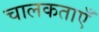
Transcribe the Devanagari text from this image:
चालकताएँ